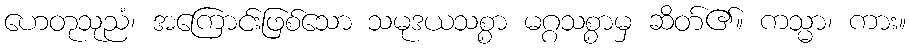
ဟေတုသုညံ၊ အကြောင်းဖြစ်သော သမုဒယသစ္စာ မဂ္ဂသစ္စာမှ ဆိတ်၏။ ကသ္မာ၊ ကား။